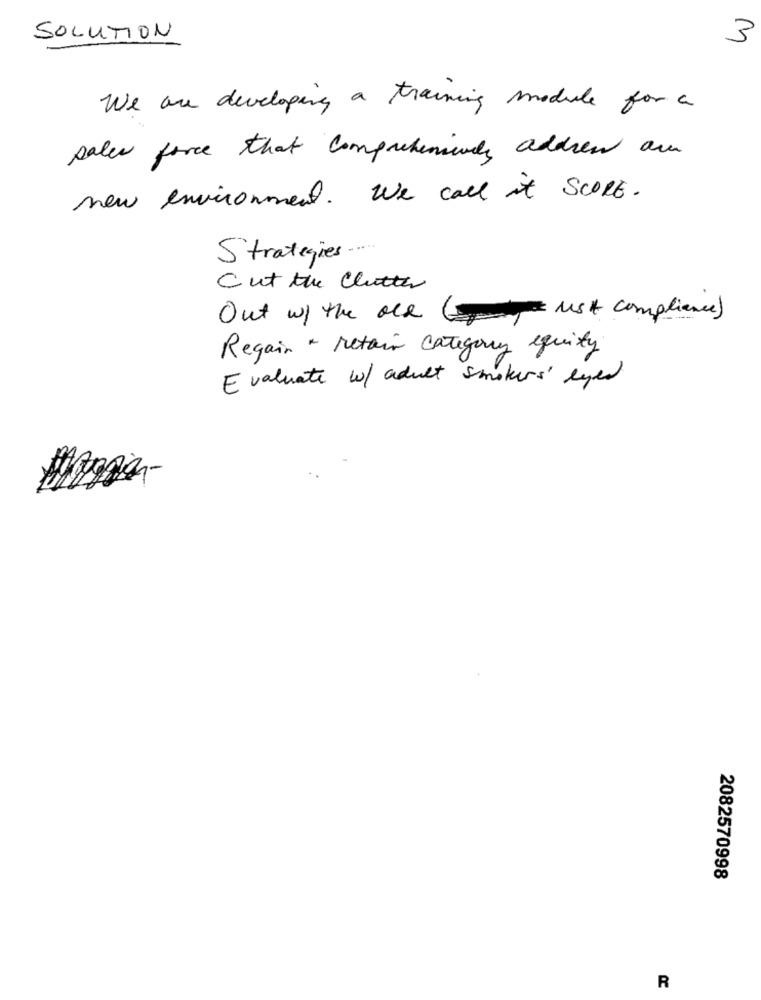
SOLUTION
3
We are developing a training module for a
sales force that Comprehensculy addres are
new environment. We call it SCORE.
Strategies .....
Cut the Clutter
Out w/ the ale ( USA compliance)
Regain - retain Category equity
Evaluate w/ adult smokers' lyes
2082570998
R